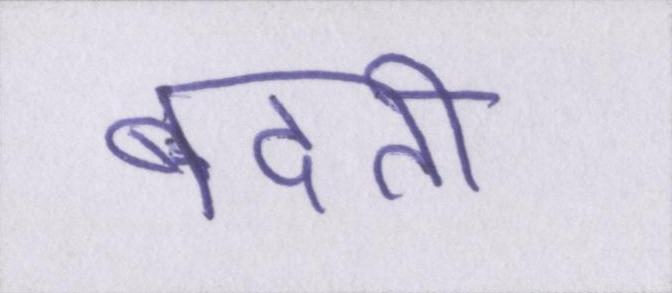
बदती